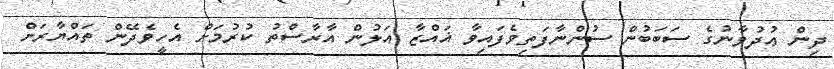
ދިން ޢުދުވާނުގެ ސަބަބުން ސުންނާފަތިވެފައިވާ ޣައްޒާ އަލުން އާރާސްތު ކުރުމަށް އެހީވެދޭން ތައްޔާރަށް